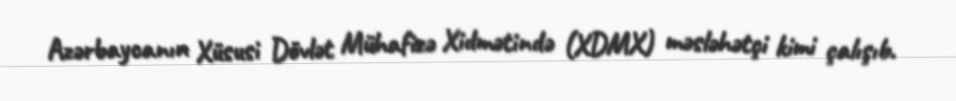
Azərbaycanın Xüsusi Dövlət Mühafizə Xidmətində (XDMX) məsləhətçi kimi çalışıb.